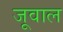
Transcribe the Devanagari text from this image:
जूवाल